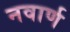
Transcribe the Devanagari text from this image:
नवार्ण